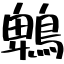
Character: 鵯